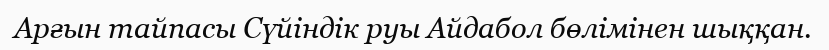
Арғын тайпасы Сүйіндік руы Айдабол бөлімінен шыққан.